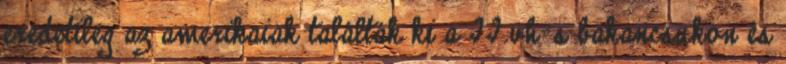
eredetileg az amerikaiak találták ki a II.vh-s bakancsukon és